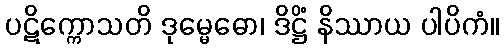
ပဋိက္ကောသတိ ဒုမ္မေဓော၊ ဒိဋ္ဌိံ နိဿာယ ပါပိကံ။